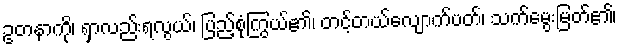
ဥတနာကို၊ ရှာလည်းရလွယ်၊ ပြည့်စုံကြွယ်၏၊ တင့်တယ်လျောက်ပတ်၊ သက်မွေးမြတ်၏၊